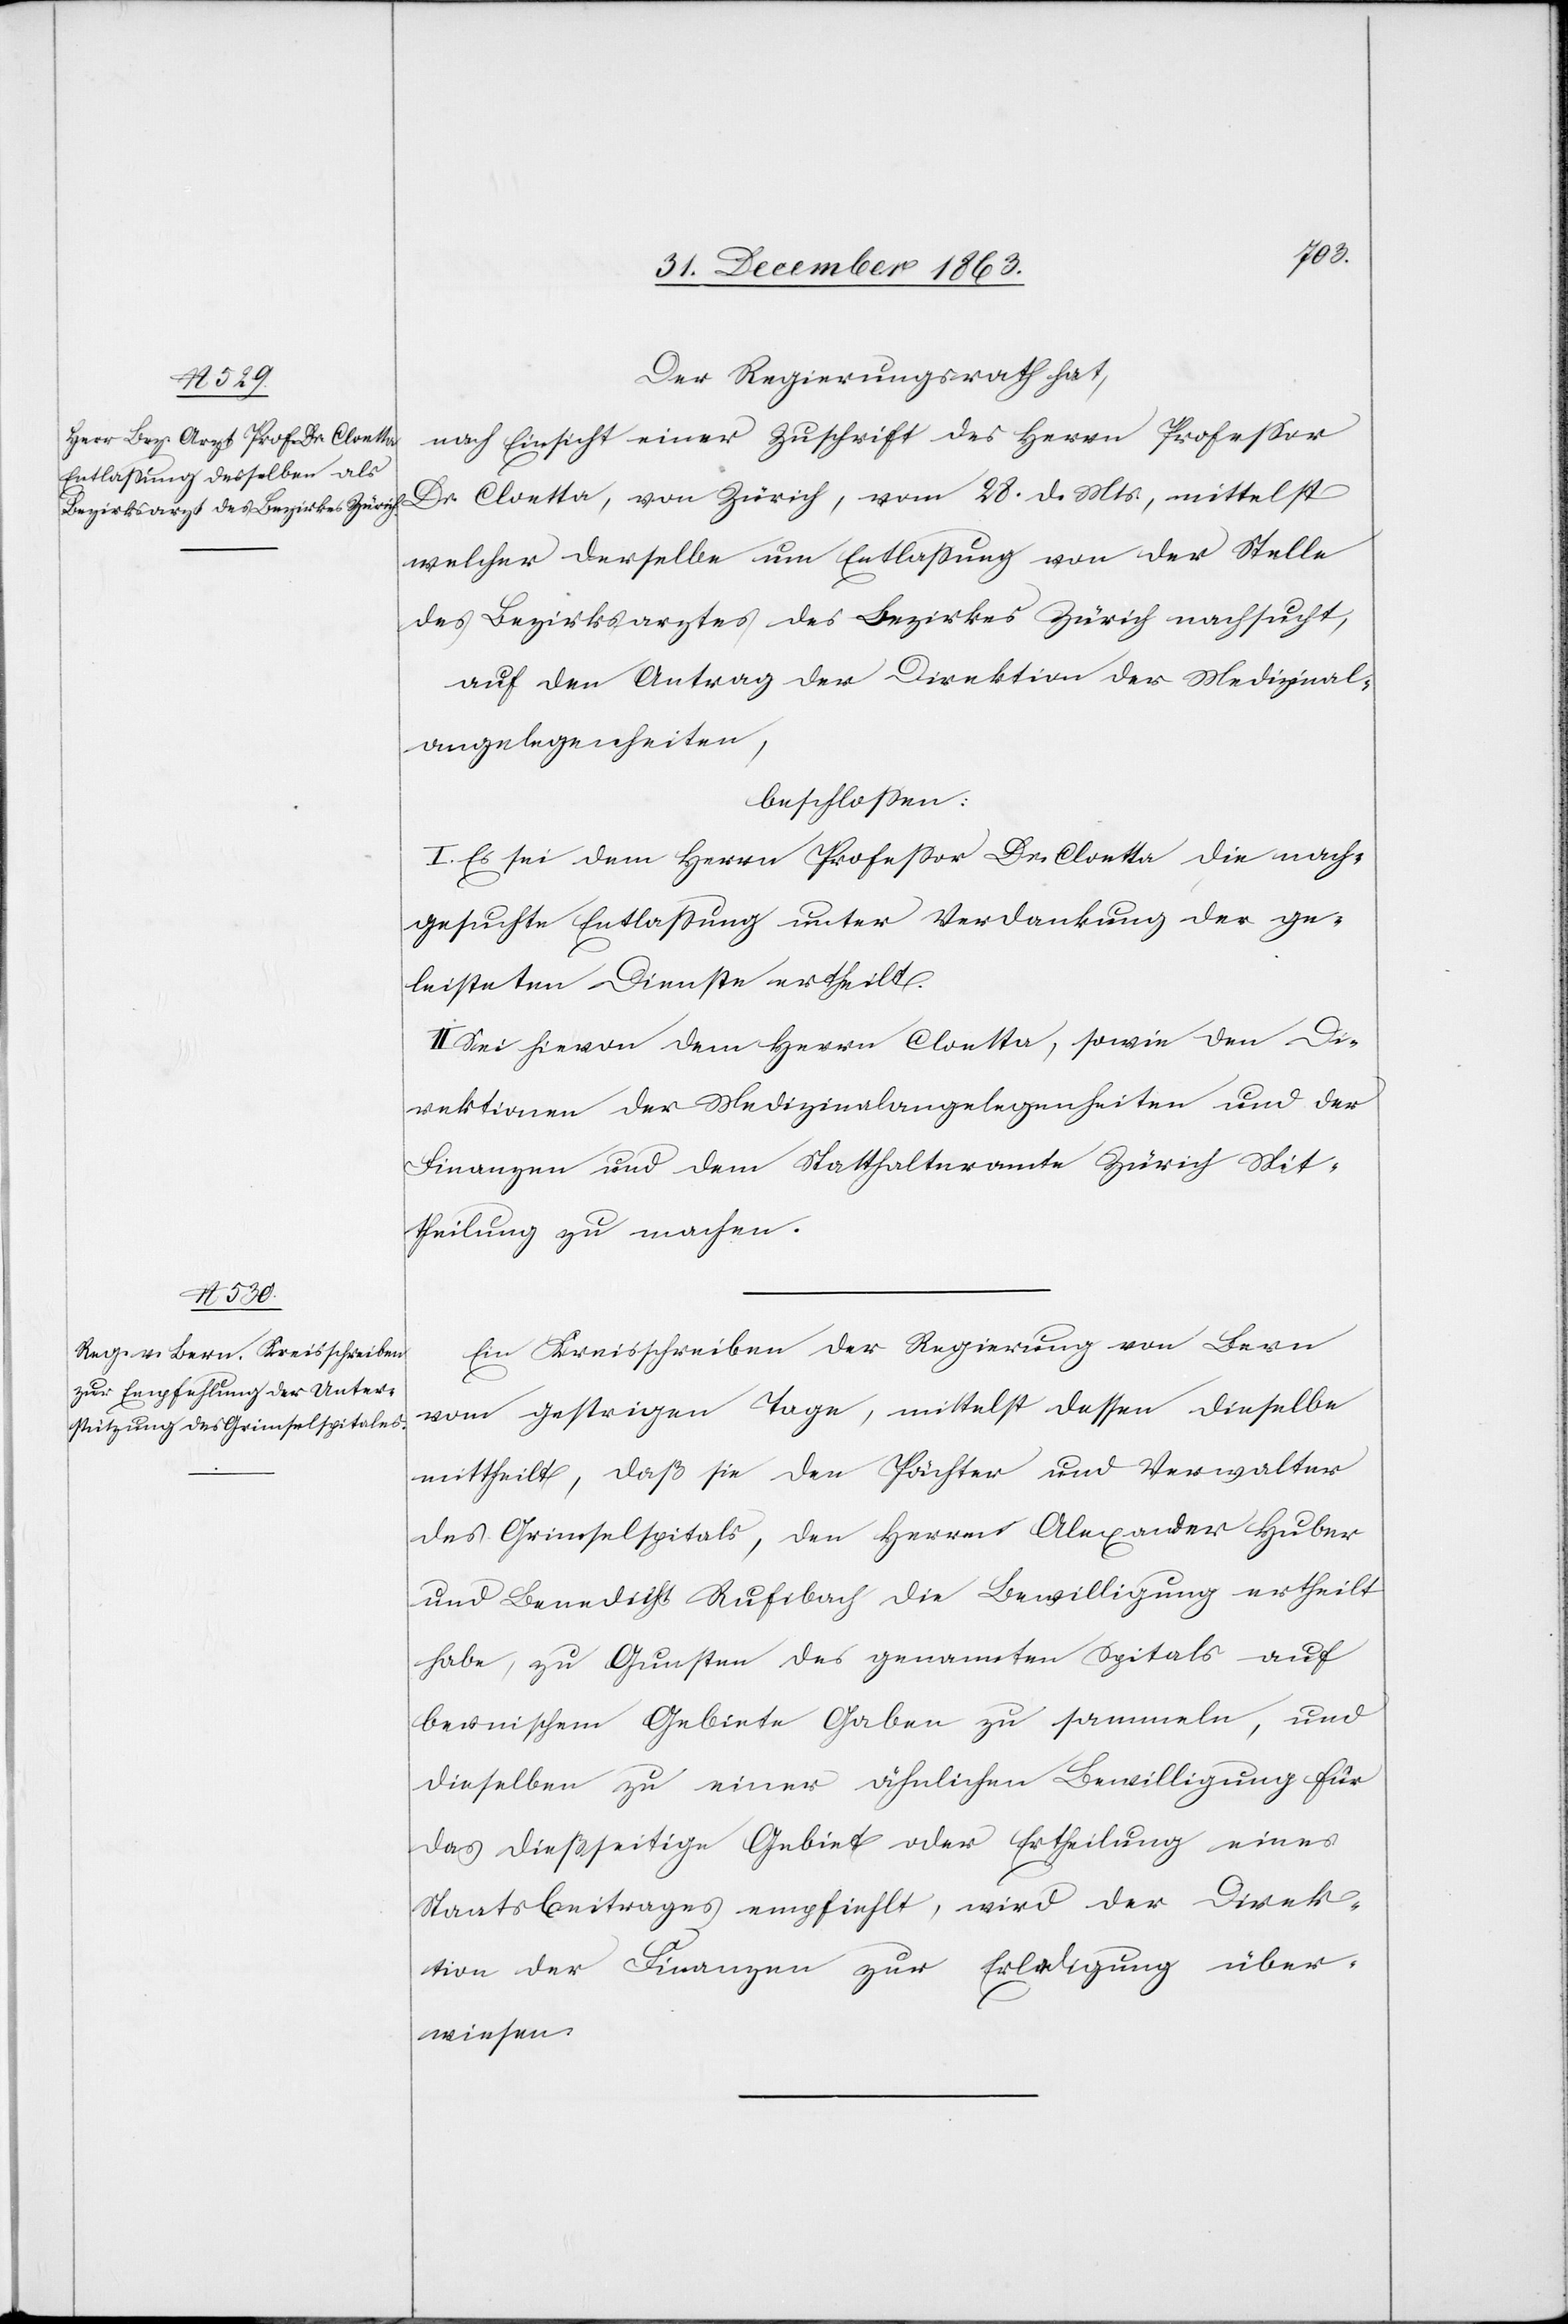
Der Regierungsrath hat,
nach Einsicht einer Zuschrift des Herrn Professor
Dr. Cloetta, von Zürich, vom 28. d. Mts., mittelst
welcher derselbe um Entlassung von der Stelle
des Bezirksarztes des Bezirkes Zürich nachsucht,
auf den Antrag der Direktion der Medizinal¬
angelegenheiten,
beschlossen:
I. Es sei dem Herrn Professor Dr. Cloetta die nach¬
gesuchte Entlassung unter Verdankung der ge¬
leisteten Dienste ertheilt.
II. Sei hievon dem Herrn Cloetta, sowie den Di¬
rektionen der Medizinalangelegenheiten und der
Finanzen und dem Statthalteramte Zürich Mit¬
theilung zu machen.
Ein Kreisschreiben der Regierung von Bern
vom gestrigen Tage, mittelst dessen dieselbe
mittheilt, daß sie den Pächter und Verwalter
des Grimselspitals, den Herrn Alexander Huber
und Benedicht Rufibach die Bewilligung ertheilt
habe, zu Gunsten des genannten Spitals auf
bernischem Gebiete Gaben zu sammeln, und
dieselben zu einer ähnlichen Bewilligung für
das dießseitige Gebiet oder Ertheilung eines
Staatsbeitrages empfiehlt, wird der Direk¬
tion der Finanzen zur Erledigung über¬
wiesen.